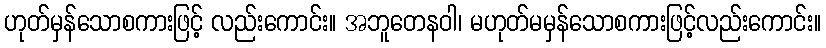
ဟုတ်မှန်သောစကားဖြင့် လည်းကောင်း။ အဘူတေနဝါ၊ မဟုတ်မမှန်သောစကားဖြင့်လည်းကောင်း။